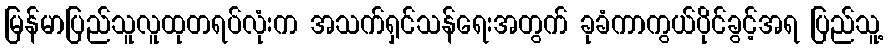
မြန်မာပြည်သူလူထုတရပ်လုံးက အသက်ရှင်သန်ရေးအတွက် ခုခံကာကွယ်ပိုင်ခွင့်အရ ပြည်သူ့